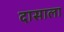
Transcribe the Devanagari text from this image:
दासाला